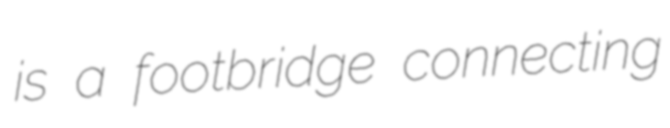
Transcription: is a footbridge connecting